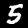
Label: 5